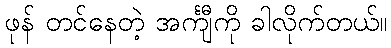
ဖုန် တင်နေတဲ့ အင်္ကျီကို ခါလိုက်တယ်။